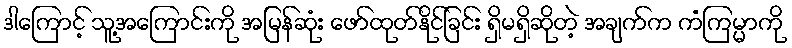
ဒါကြောင့် သူ့အကြောင်းကို အမြန်ဆုံး ဖော်ထုတ်နိုင်ခြင်း ရှိမရှိဆိုတဲ့ အချက်က ကံကြမ္မာကို